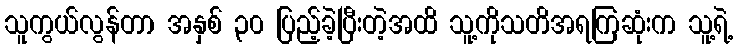
သူကွယ်လွန်တာ အနှစ် ၃၀ ပြည့်ခဲ့ပြီးတဲ့အထိ သူ့ကိုသတိအရကြဆုံးက သူ့ရဲ့